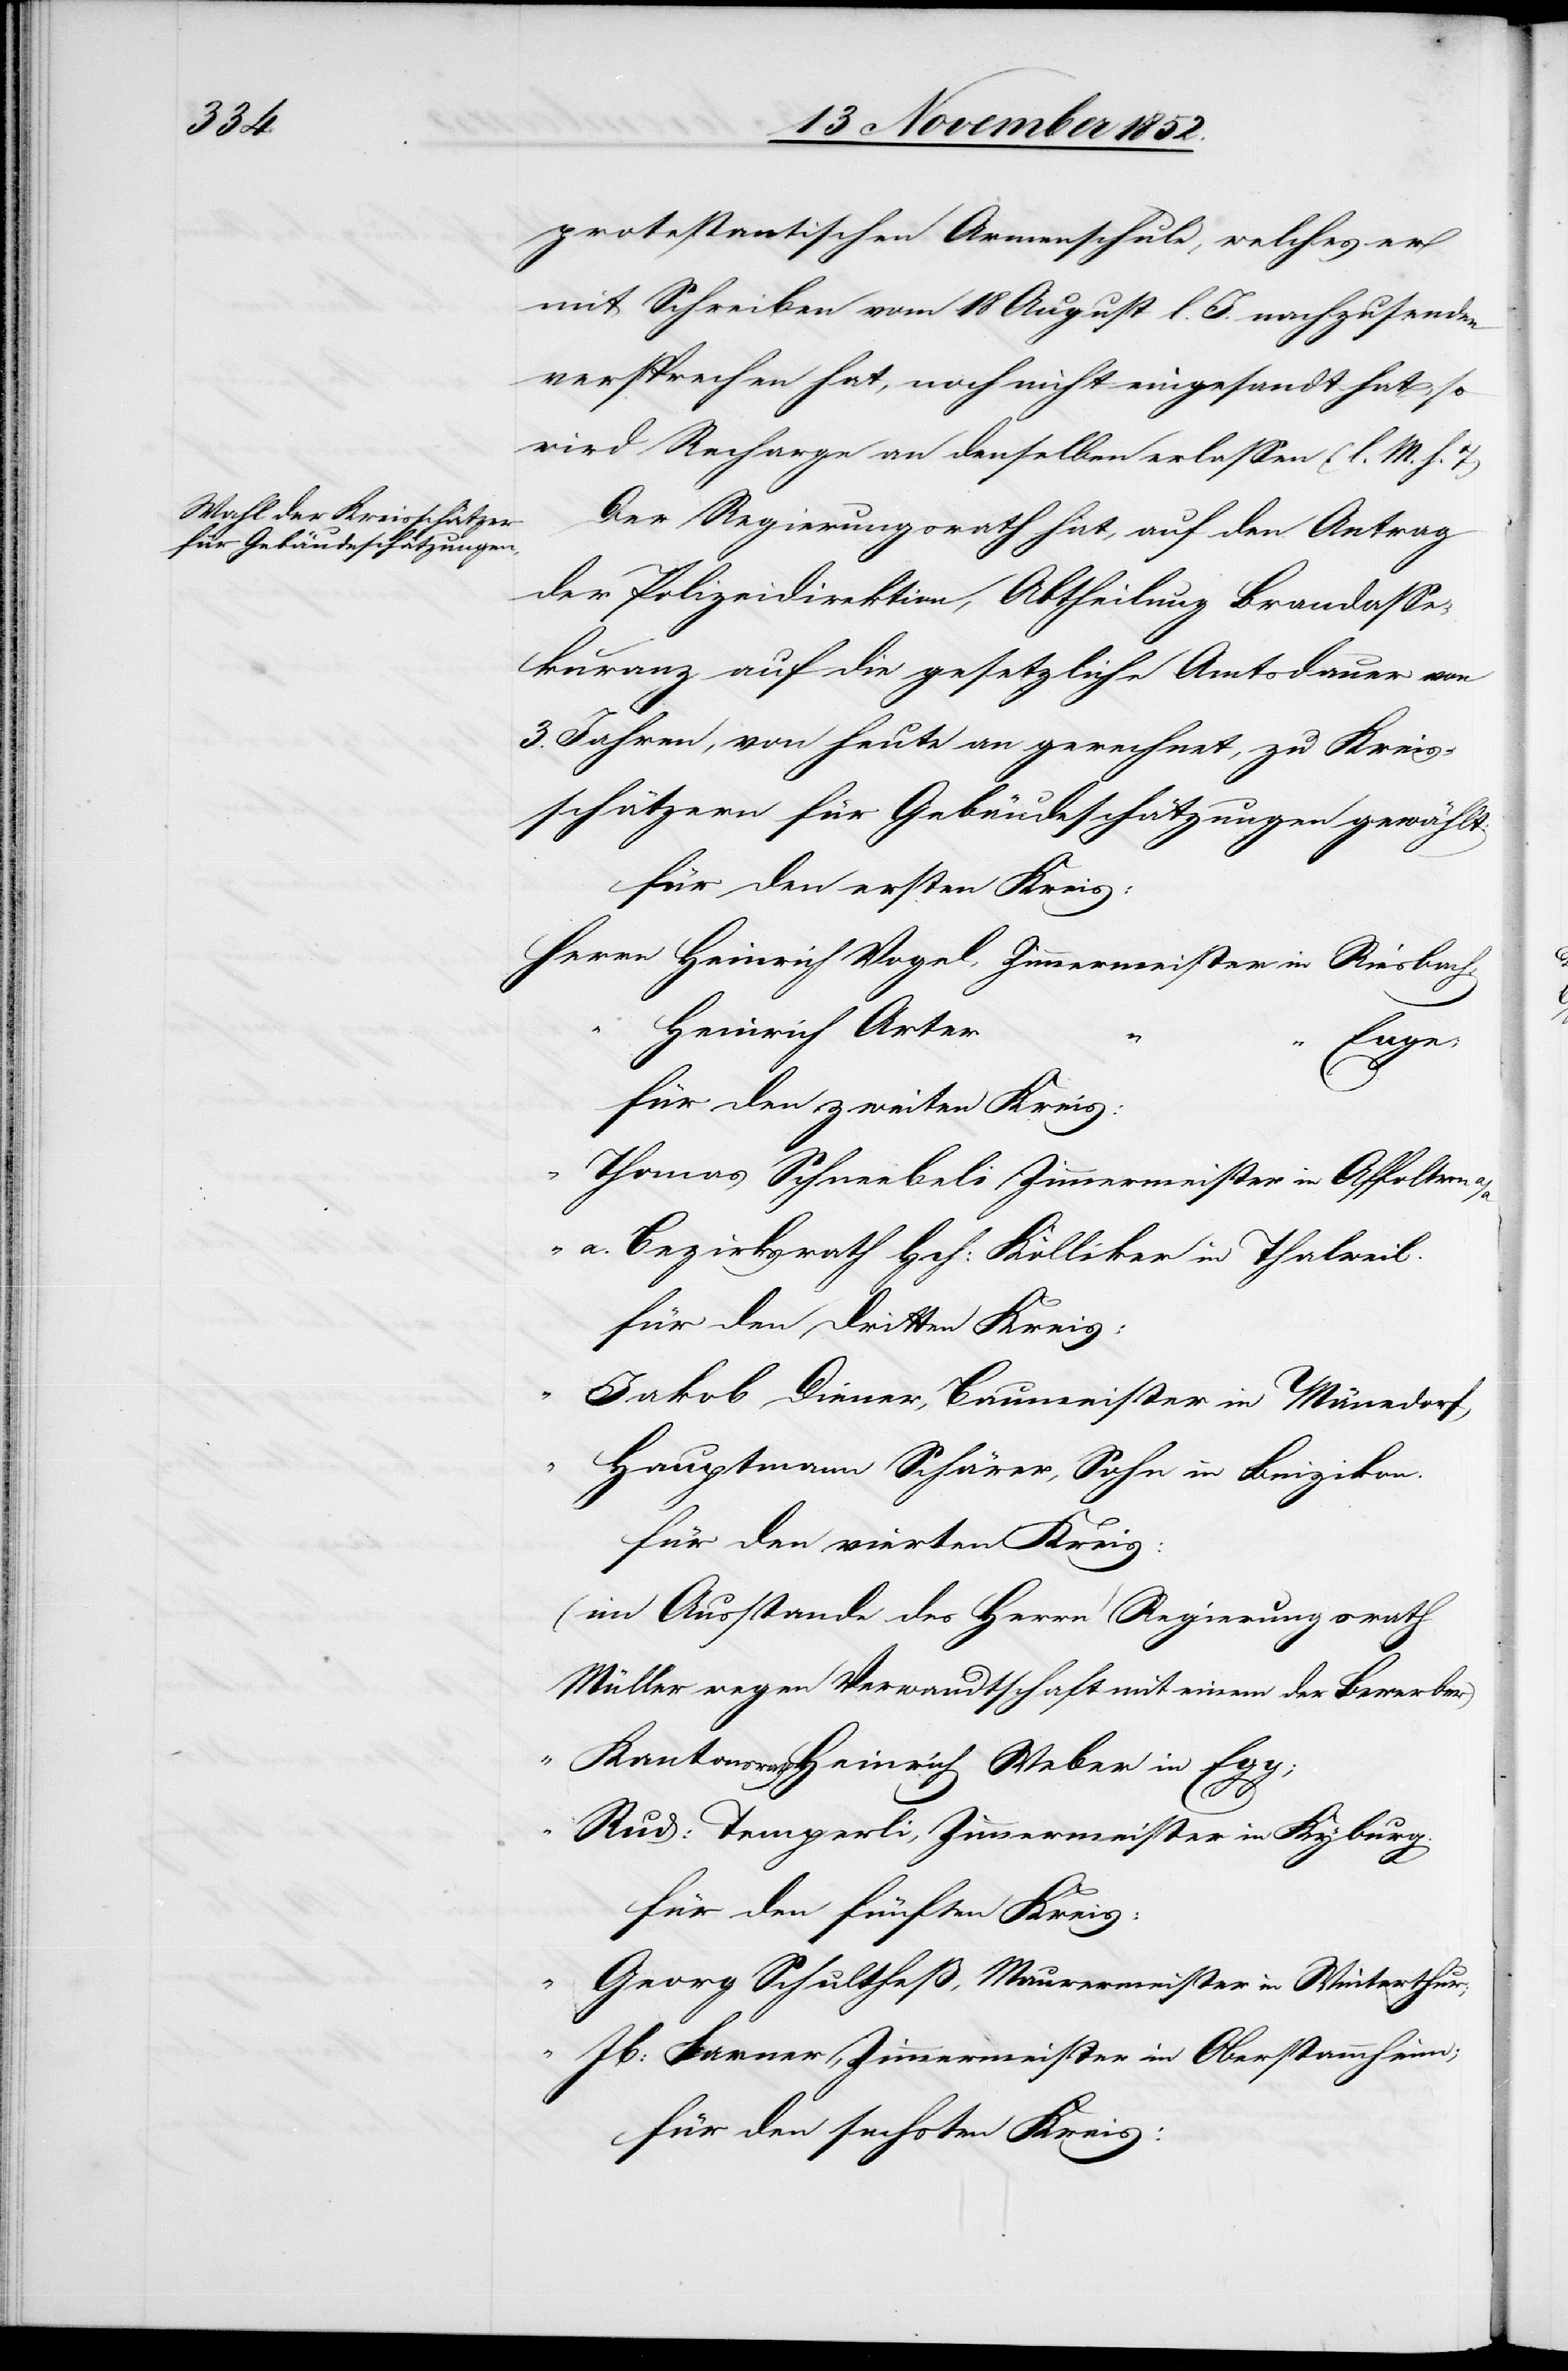
protestantischen Armenschule, welches er
mit Schreiben vom 18 August l. J. nachzusenden
versprochen] hat, noch nicht eingesandt hat, so
wird Recharge an denselben erlassen (l. M. h.
Der Regierungsrath hat, auf den Antrag
der Polizeidirektion, Abtheilung Brandasse¬
kuranz auf die gesetzliche Amtsdauer von
3. Jahren, von heute an gerechnet, zu Kreis¬
schätzern für Gebäudeschätzungen gewählt:
für den ersten Kreis:
Herrn Heinrich Vogel, Zimmermeister in Riesbach;
Heinrich Arter
Enge;
für den zweiten Kreis:
“ Thomas Schneebeli Zimmermeister in Affoltern
“ a. Bezirksrath Hch: Kölliker in Thalweil.
für den dritten Kreis:
Jakob Diener, Baumeister in Män[n]edorf,
“ Hauptmann Schärer, Sohn in Binzikon.
für den vierten Kreis:
(im Ausstande des Herrn Regierungsrath
Müller wegen Verwandtschaft mit einem der Bewerber)
Kantonsrath Heinrich Weber in Egg;
“
Rud: Temperli, Zimmermeister in Kyburg.
für den fünften Kreis:
“ Georg Schultheß, Maurermeister in Winterthur;
Jb: Farner, Zimmermeister in Oberstammheim;
für den sechsten Kreis: